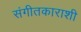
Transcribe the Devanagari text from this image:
संगीतकाराशी